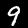
Label: 9